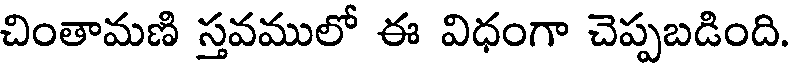
చింతామణి స్తవములో ఈ విధంగా చెప్పబడింది.